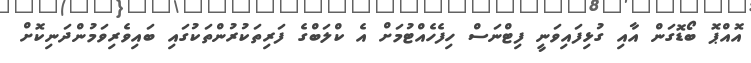
އޮއްޕޮ ބޯޑޮގަން އާއި ގުޅިފައިވަނީ ފިޓްނަސް ހިފެހެއްޓުމަށް އެ ކްލަބްގެ ފަރިތަކުރުންތަކުގައި ބައިވެރިވަމުންދަނިކޮށް